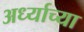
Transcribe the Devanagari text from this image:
अर्ध्याच्या